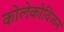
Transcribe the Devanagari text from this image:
कोलेकोविजन